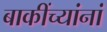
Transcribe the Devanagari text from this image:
बाकींच्यांनां